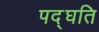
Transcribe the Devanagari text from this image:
पद्घति